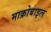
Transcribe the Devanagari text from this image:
माक्रोबाइल